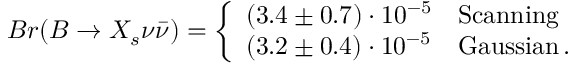
B r ( B \to X _ { s } \nu \bar { \nu } ) = \left\{ \begin{array} { l l } { { ( 3 . 4 \pm 0 . 7 ) \cdot 1 0 ^ { - 5 } } } & { { \mathrm { S c a n n i n g } } } \\ { { ( 3 . 2 \pm 0 . 4 ) \cdot 1 0 ^ { - 5 } } } & { { \mathrm { G a u s s i a n } \, . } } \end{array} \right.